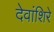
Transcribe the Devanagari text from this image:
देवांशिरे